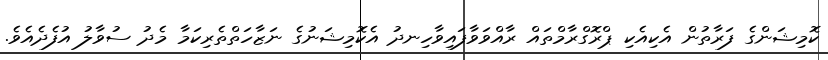
ކޮމިޝަންގެ ފަރާތުން އެކިއެކި ޕްރޮގްރާމްތައް ރާއްވަވާފައިވާހިނދު އެކޮމިޝަނުގެ ނަޒާހަތްތެރިކަމާ މެދު ސުވާލު އުފެދެއެވެ.